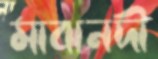
মাঝনদী